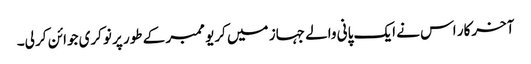
آخرکار اس نے ایک پانی والے جہاز میں کریو ممبر کے طور پر نوکری جوائن کر لی۔